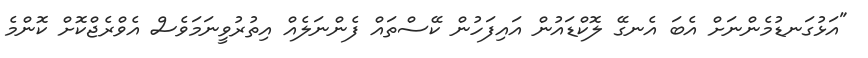
"އަޅުގަނޑުމެންނަށް އެބަ އެނގޭ ލޮކްޑައުން އައިފަހުން ކޭސްތައް ފެންނަލެއް އިތުރުވީނަމަވެސް އެވްރެޖްކޮށް ކޮންމެ